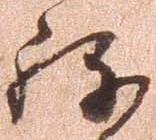
ね